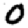
Digit: 0